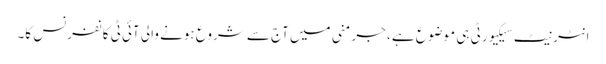
انٹرنیٹ سیکیورٹی ہی موضوع ہے ، جرمنی میں آج سے شروع ہونے والی آئی ٹی کانفرنس کا۔